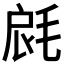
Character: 𣭺